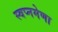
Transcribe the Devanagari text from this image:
स्वप्नमेणा